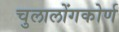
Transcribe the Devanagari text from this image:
चुलालोंगकोर्ण